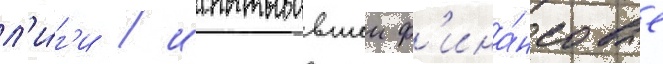
л'и́г'и / испытывавшеи ф'ина́нсовые